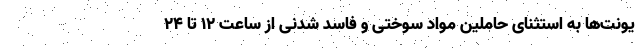
یونت‌ها به استثنای حاملین مواد سوختی و فاسد شدنی از ساعت ۱۲ تا ۲۴